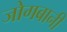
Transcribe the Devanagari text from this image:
जोगबानी